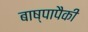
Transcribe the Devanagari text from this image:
बाष्पापैकी